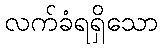
လက်ခံရရှိသော